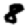
Digit: 8